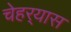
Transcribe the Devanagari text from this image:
चेहर्‍यास